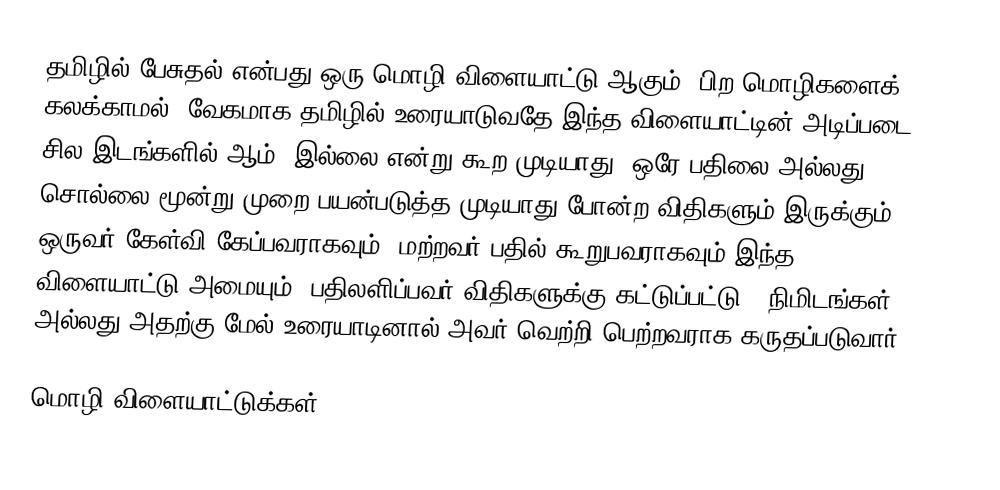
தமிழில் பேசுதல் என்பது ஒரு மொழி விளையாட்டு ஆகும்.  பிற மொழிகளைக் கலக்காமல், வேகமாக தமிழில் உரையாடுவதே இந்த விளையாட்டின் அடிப்படை.  சில இடங்களில் ஆம், இல்லை என்று கூற முடியாது, ஒரே பதிலை அல்லது சொல்லை மூன்று முறை பயன்படுத்த முடியாது போன்ற விதிகளும் இருக்கும்.  ஒருவர் கேள்வி கேப்பவராகவும், மற்றவர் பதில் கூறுபவராகவும் இந்த விளையாட்டு அமையும்.  பதிலளிப்பவர் விதிகளுக்கு கட்டுப்பட்டு 3 நிமிடங்கள், அல்லது அதற்கு மேல் உரையாடினால் அவர் வெற்றி பெற்றவராக கருதப்படுவார்.

மொழி விளையாட்டுக்கள்